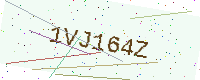
Text: 1VJ164Z